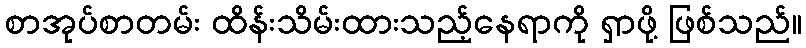
စာအုပ်စာတမ်း ထိန်းသိမ်းထားသည့်နေရာကို ရှာဖို့ ဖြစ်သည်။